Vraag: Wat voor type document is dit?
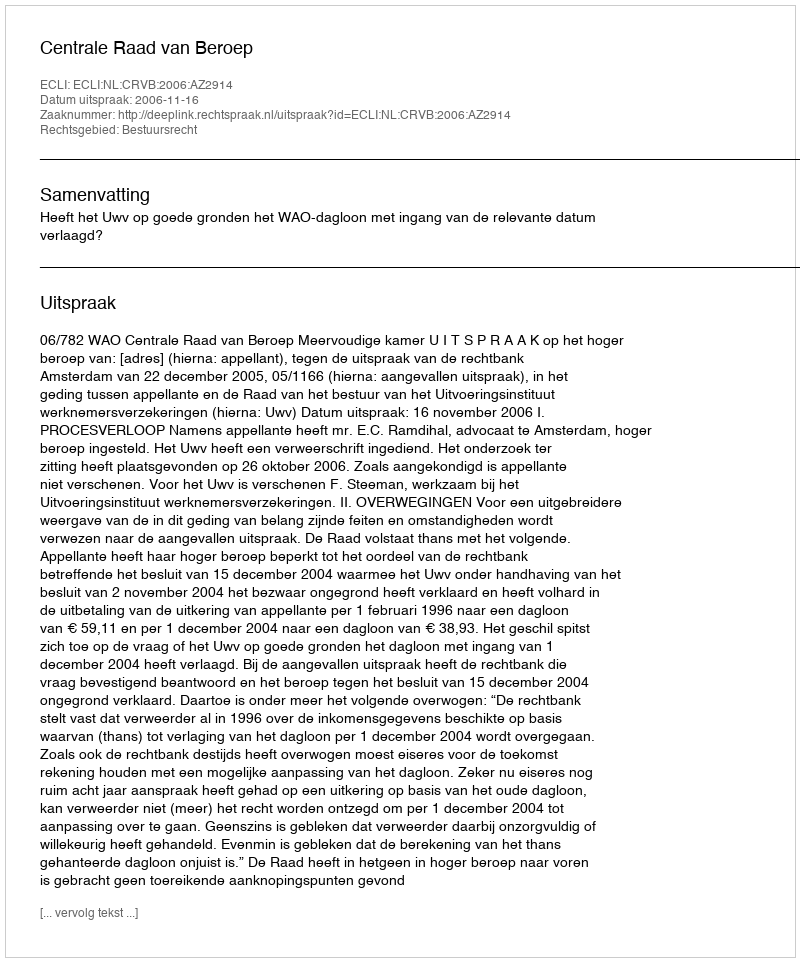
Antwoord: Uitspraak